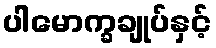
ပါမောက္ခချုပ်နှင့်